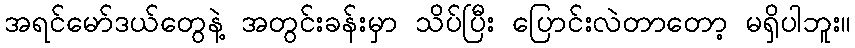
အရင်မော်ဒယ်တွေနဲ့ အတွင်းခန်းမှာ သိပ်ပြီး ပြောင်းလဲတာတော့ မရှိပါဘူး။